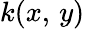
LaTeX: k(x,\, y)